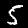
Label: 5